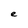
Character: e